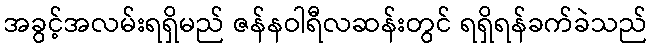
အခွင့်အလမ်းရရှိမည် ဇန်နဝါရီလဆန်းတွင် ရရှိရန်ခက်ခဲသည်